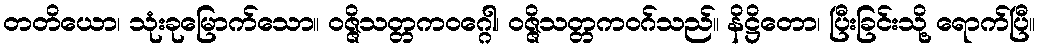
တတိယော၊ သုံးခုမြောက်သော။ ဝဇ္ဇိသတ္တကဝဂ္ဂေါ၊ ဝဇ္ဇိသတ္တကဝဂ်သည်။ နိဋ္ဌိတော၊ ပြီးခြင်းသို့ ရောက်ပြီ။